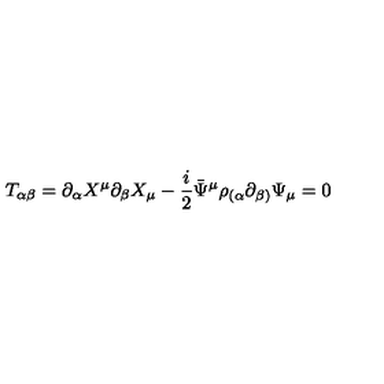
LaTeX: T _ { \alpha \beta } = \partial _ { \alpha } X ^ { \mu } \partial _ { \beta } X _ { \mu } - \frac { i } { 2 } \bar { \Psi } ^ { \mu } \rho _ { ( \alpha } \partial _ { \beta ) } \Psi _ { \mu } = 0